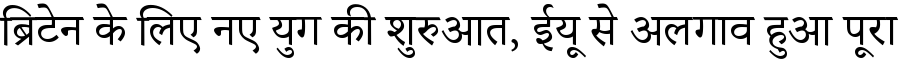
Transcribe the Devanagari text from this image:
ब्रिटेन के लिए नए युग की शुरुआत, ईयू से अलगाव हुआ पूरा